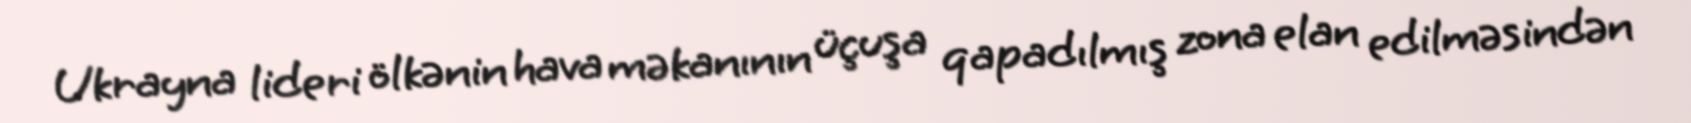
Ukrayna lideri ölkənin hava məkanının üçuşa qapadılmış zona elan edilməsindən